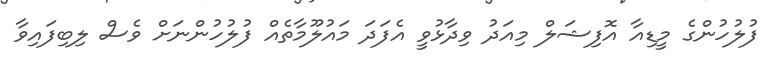
ފުލުހުންގެ މީޑިއާ އޮފިޝަލް މިއަދު ވިދާޅުވީ އެފަދަ މައުލޫމާތެއް ފުލުހުންނަށް ވެސް ލިބިފައިވާ